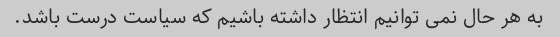
به هر حال نمی توانیم انتظار داشته باشیم که سیاست درست باشد.